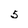
Character: 5